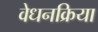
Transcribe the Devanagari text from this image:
वेधनक्रिया